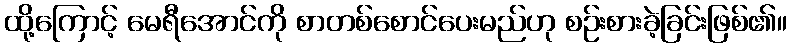
ထို့ကြောင့် မေရီအောင်ကို စာတစ်စောင်ပေးမည်ဟု စဉ်းစားခဲ့ခြင်းဖြစ်၏။